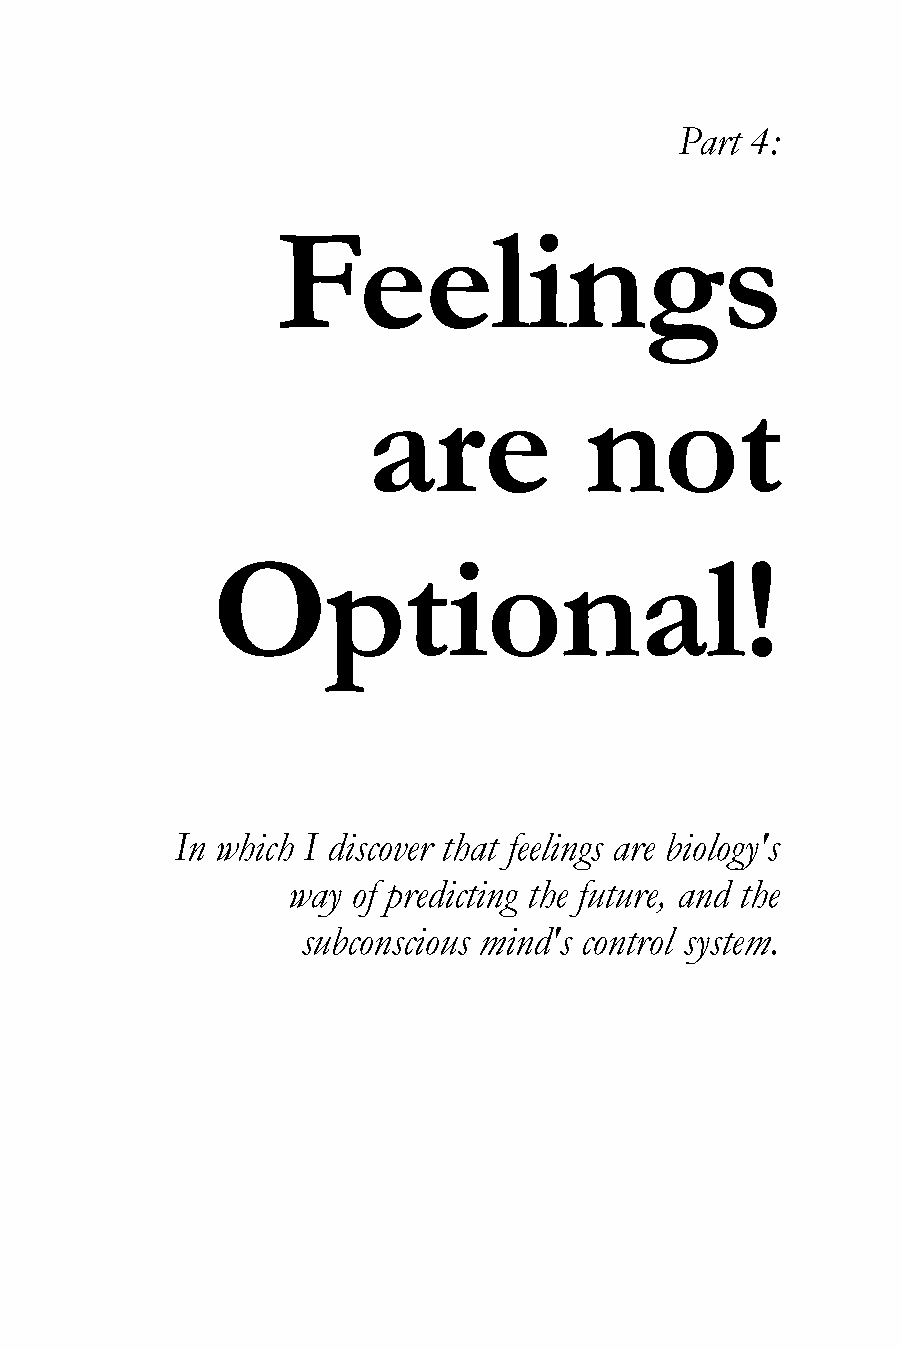
Part 4:
 Feelings
 are            not
 Optional!
 In which I discover that feelings are biology's
 way of predicting the future, and the
 subconscious mind's control system.